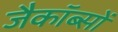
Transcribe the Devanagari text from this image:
जैकॉब्सों